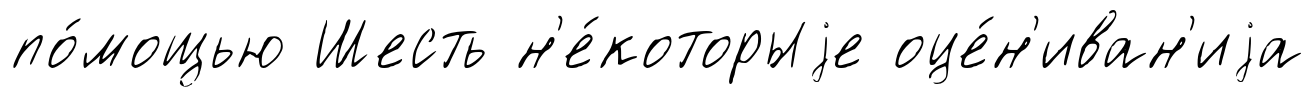
по́мощью Шесть н'е́которыjе оце́н'иван'иjа